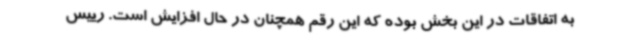
به اتفاقات در این بخش بوده که این رقم همچنان در حال افزایش است. رییس